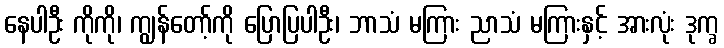
နေပါဦး ကိုကို၊ ကျွန်တော့်ကို ပြောပြပါဦး၊ ဘာသံ မကြား ညာသံ မကြားနှင့် အားလုံး ဒုက္ခ